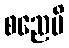
စညေပိ